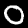
Digit: 0